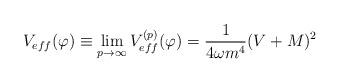
LaTeX: \begin{align*}V_{eff}(\varphi)\equiv\lim_{p \to \infty}V^{(p)}_{eff}(\varphi)=\frac{1}{4\omega m^{4}}(V+M)^{2} \end{align*}